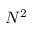
N ^ { 2 }